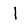
Digit: 1